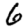
Digit: 6